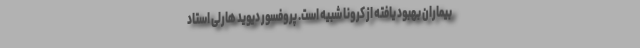
بیماران بهبود یافته از کرونا شبیه است. پروفسور دیوید هارلی استاد